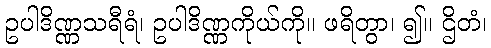
ဥပါဒိဏ္ဏသရီရံ၊ ဥပါဒိဏ္ဏကိုယ်ကို။ ဖရိတွာ၊ ၍။ ဌိတံ၊